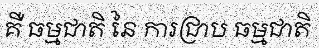
គឺ ធម្មជាតិ នៃ ការជ្រាប ធម្មជាតិ